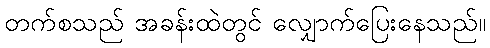
တက်စသည် အခန်းထဲတွင် လျှောက်ပြေးနေသည်။